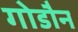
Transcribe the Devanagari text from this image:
गोडौन